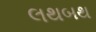
લથબથ